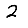
Digit: 2